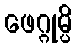
ဖေဂ္ဂုမ္ပိ